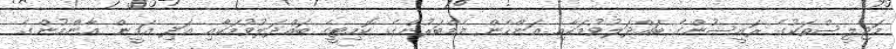
މަޖިލީސްތަކުގެ ރައީސުންގެ ބައްދަލުވުމަކާއި އަންހެން މެމްބަރުންގެ ކޮމިޓީގެ ބައްދަލުވުމަކާއި އަދި އަމީން ޢާންމުންގެ